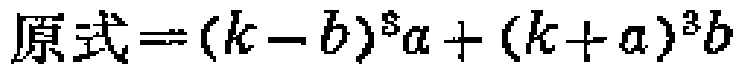
原式\(=(k - b)^{8}a+(k + a)^{3}b\)